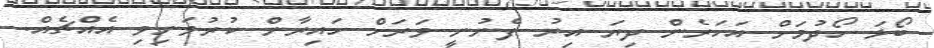
ބޯޅަ ހޯދުމަށް އަހަރެން ދިޔަ އިރު ފެނުނީ ވަރަށް ހައިރާން ކުރުވަނިވި އެއްޗެއް.